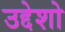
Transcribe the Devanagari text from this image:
उद्देशो